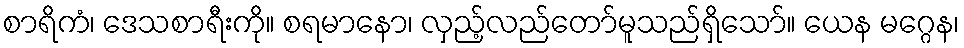
စာရိကံ၊ ဒေသစာရီးကို။ စရမာနော၊ လှည့်လည်တော်မူသည်ရှိသော်။ ယေန မဂ္ဂေန၊